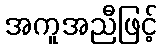
အကူအညီဖြင့်